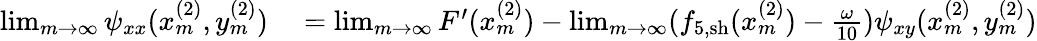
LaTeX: \begin{array}{rl}{\operatorname*{lim}_{m\rightarrow\infty}\psi_{xx}(x_{m}^{(2)},y_{m}^{(2)})}&{{}=\operatorname*{lim}_{m\rightarrow\infty}F^{\prime}(x_{m}^{(2)})-\operatorname*{lim}_{m\rightarrow\infty}(f_{5,\mathrm{sh}}(x_{m}^{(2)})-\frac{\omega}{10})\psi_{xy}(x_{m}^{(2)},y_{m}^{(2)})}\end{array}